Vaccine operations Central Provinces 1868-1885 - 1868-1885
Year: 1868
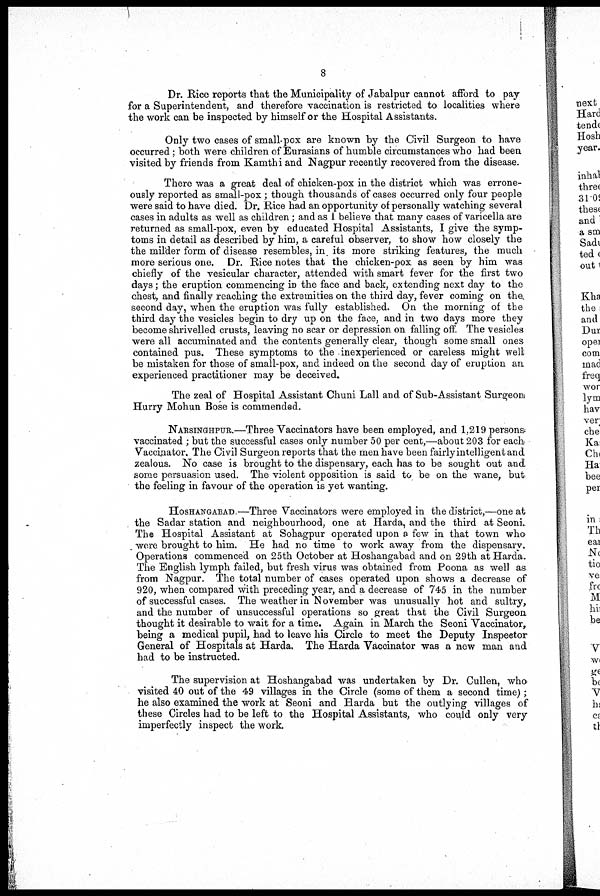
8
Dr. Rice reports that the Municipality of Jabalpur cannot afford to pay
for a Superintendent, and therefore vaccination is restricted to localities where
the work can be inspected by himself or the Hospital Assistants.
Only two cases of small-pox are known by the Civil Surgeon to have
occurred; both were children of Eurasians of humble circumstances who had been
visited by friends from Kamthi and Nagpur recently recovered from the disease.
There was a great deal of chicken-pox in the district which was errone-
ously reported as small-pox; though thousands of cases occurred only four people
were said to have died. Dr. Rice had an opportunity of personally watching several
cases in adults as well as children; and as I believe that many cases of varicella are
returned as small-pox, even by educated Hospital Assistants, I give the symp-
toms in detail as described by him, a careful observer, to show how closely the
the milder form of disease resembles, in. its more striking features, the much
more serious one. Dr. Rice notes that the chicken-pox as seen by him was
chiefly of the vesicular character, attended with smart fever for the first two
days; the eruption commencing in the face and back, extending next day to the
chest, and finally reaching the extremities on the third day, fever coming on the.
second day, when the eruption was fully established. On the morning of the
third day the vesicles begin to dry up on the face, and in two days more they
become shrivelled crusts, leaving no scar or depression on falling off. The vesicles
were all accuminated and the contents generally clear, though some small ones
contained pus. These symptoms to the inexperienced or careless might well
be mistaken for those of small-pox, and indeed on the second day of eruption an
experienced practitioner may be deceived.
The zeal of Hospital Assistant Chuni Lall and of Sub-Assistant Surgeon
Hurry Mohun Bose is commended.
NARSINGHPUR.—Three Vaccinators have been employed, and 1,219 persons
vaccinated ; but the successful cases only number 50 per cent,—about 203 for each
Vaccinator. The Civil Surgeon reports that the men have been fairly intelligent and
zealous. No case is brought to the dispensary, each has to be sought out and
some persuasion used. The violent opposition is said to be on the wane, but
the feeling in favour of the operation is yet wanting.
HOSHANGABAD —Three Vaccinators were employed in the district,—one at
the Sadar station and neighbourhood, one at Harda, and the third at Seoni.
The Hospital Assistant at Sohagpur operated upon a few in that town who
were brought to him. He had no time to work away from the dispensary.
Operations commenced on 25th October at Hoshangabad and on 29th at Harda.
The English lymph failed, but fresh virus was obtained from Poona as well as
from Nagpur. The total number of cases operated upon shows a decrease of
920, when compared with preceding year, and a decrease of 745 in the number
of successful cases. The weather in November was unusually hot and sultry,
and the number of unsuccessful operations so great that the Civil Surgeon
thought it desirable to wait for a time. Again in March the Seoni Vaccinator,
being a medical pupil, had to leave his Circle to meet the Deputy Inspector
General of Hospitals at Harda. The Harda Vaccinator was a new man and
had to be instructed.
The supervision at Hoshangabad was undertaken by Dr. Cullen, who
visited 40 out of the 49 villages in the Circle (some of them a second time);
he also examined the work at Seoni and Harda but the outlying villages of
these Circles had to be left to the Hospital Assistants, who could only very
imperfectly inspect the work.